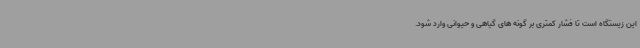
این زیستگاه است تا فشار کمتری بر گونه های گیاهی و حیوانی وارد شود.